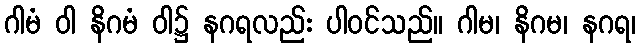
ဂါမံ ဝါ နိဂမံ ဝါ၌ နဂရလည်း ပါဝင်သည်။ ဂါမ၊ နိဂမ၊ နဂရ၊